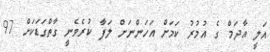
އަލީ އާދަމް ގެ އުމުރު ކަމަށް އަހަންނަށް ލަފާ ކުރެވެނީ ގާތްގަޑަކަށް 97